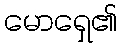
မောရှေ၏